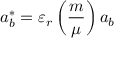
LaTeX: a _ { b } ^ { * } = \varepsilon _ { r } \left( { \frac { m } { \mu } } \right) a _ { b }